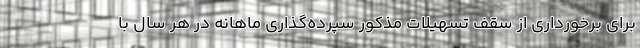
برای برخورداری از سقف تسهیلات مذکور سپرده‌گذاری ماهانه در هر سال با